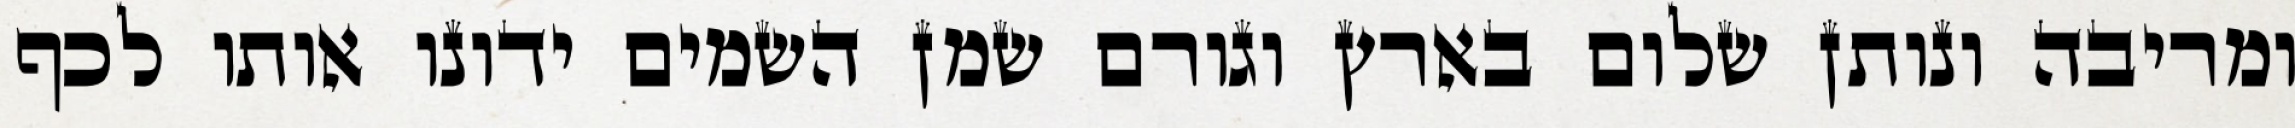
ומריבה ונותן שלום בארץ וגורם שמן השמים ידונו אותו לכף